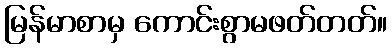
မြန်မာစာမှ ကောင်းစွာမဖတ်တတ်။